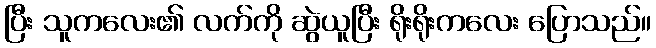
ပြီး သူကလေး၏ လက်ကို ဆွဲယူပြီး ရိုးရိုးကလေး ပြောသည်။